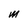
Character: M